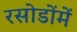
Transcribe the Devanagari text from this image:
रसोडोंमें